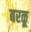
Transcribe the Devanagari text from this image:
बरळू